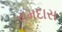
રામદાસ